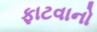
ફાટવાનો